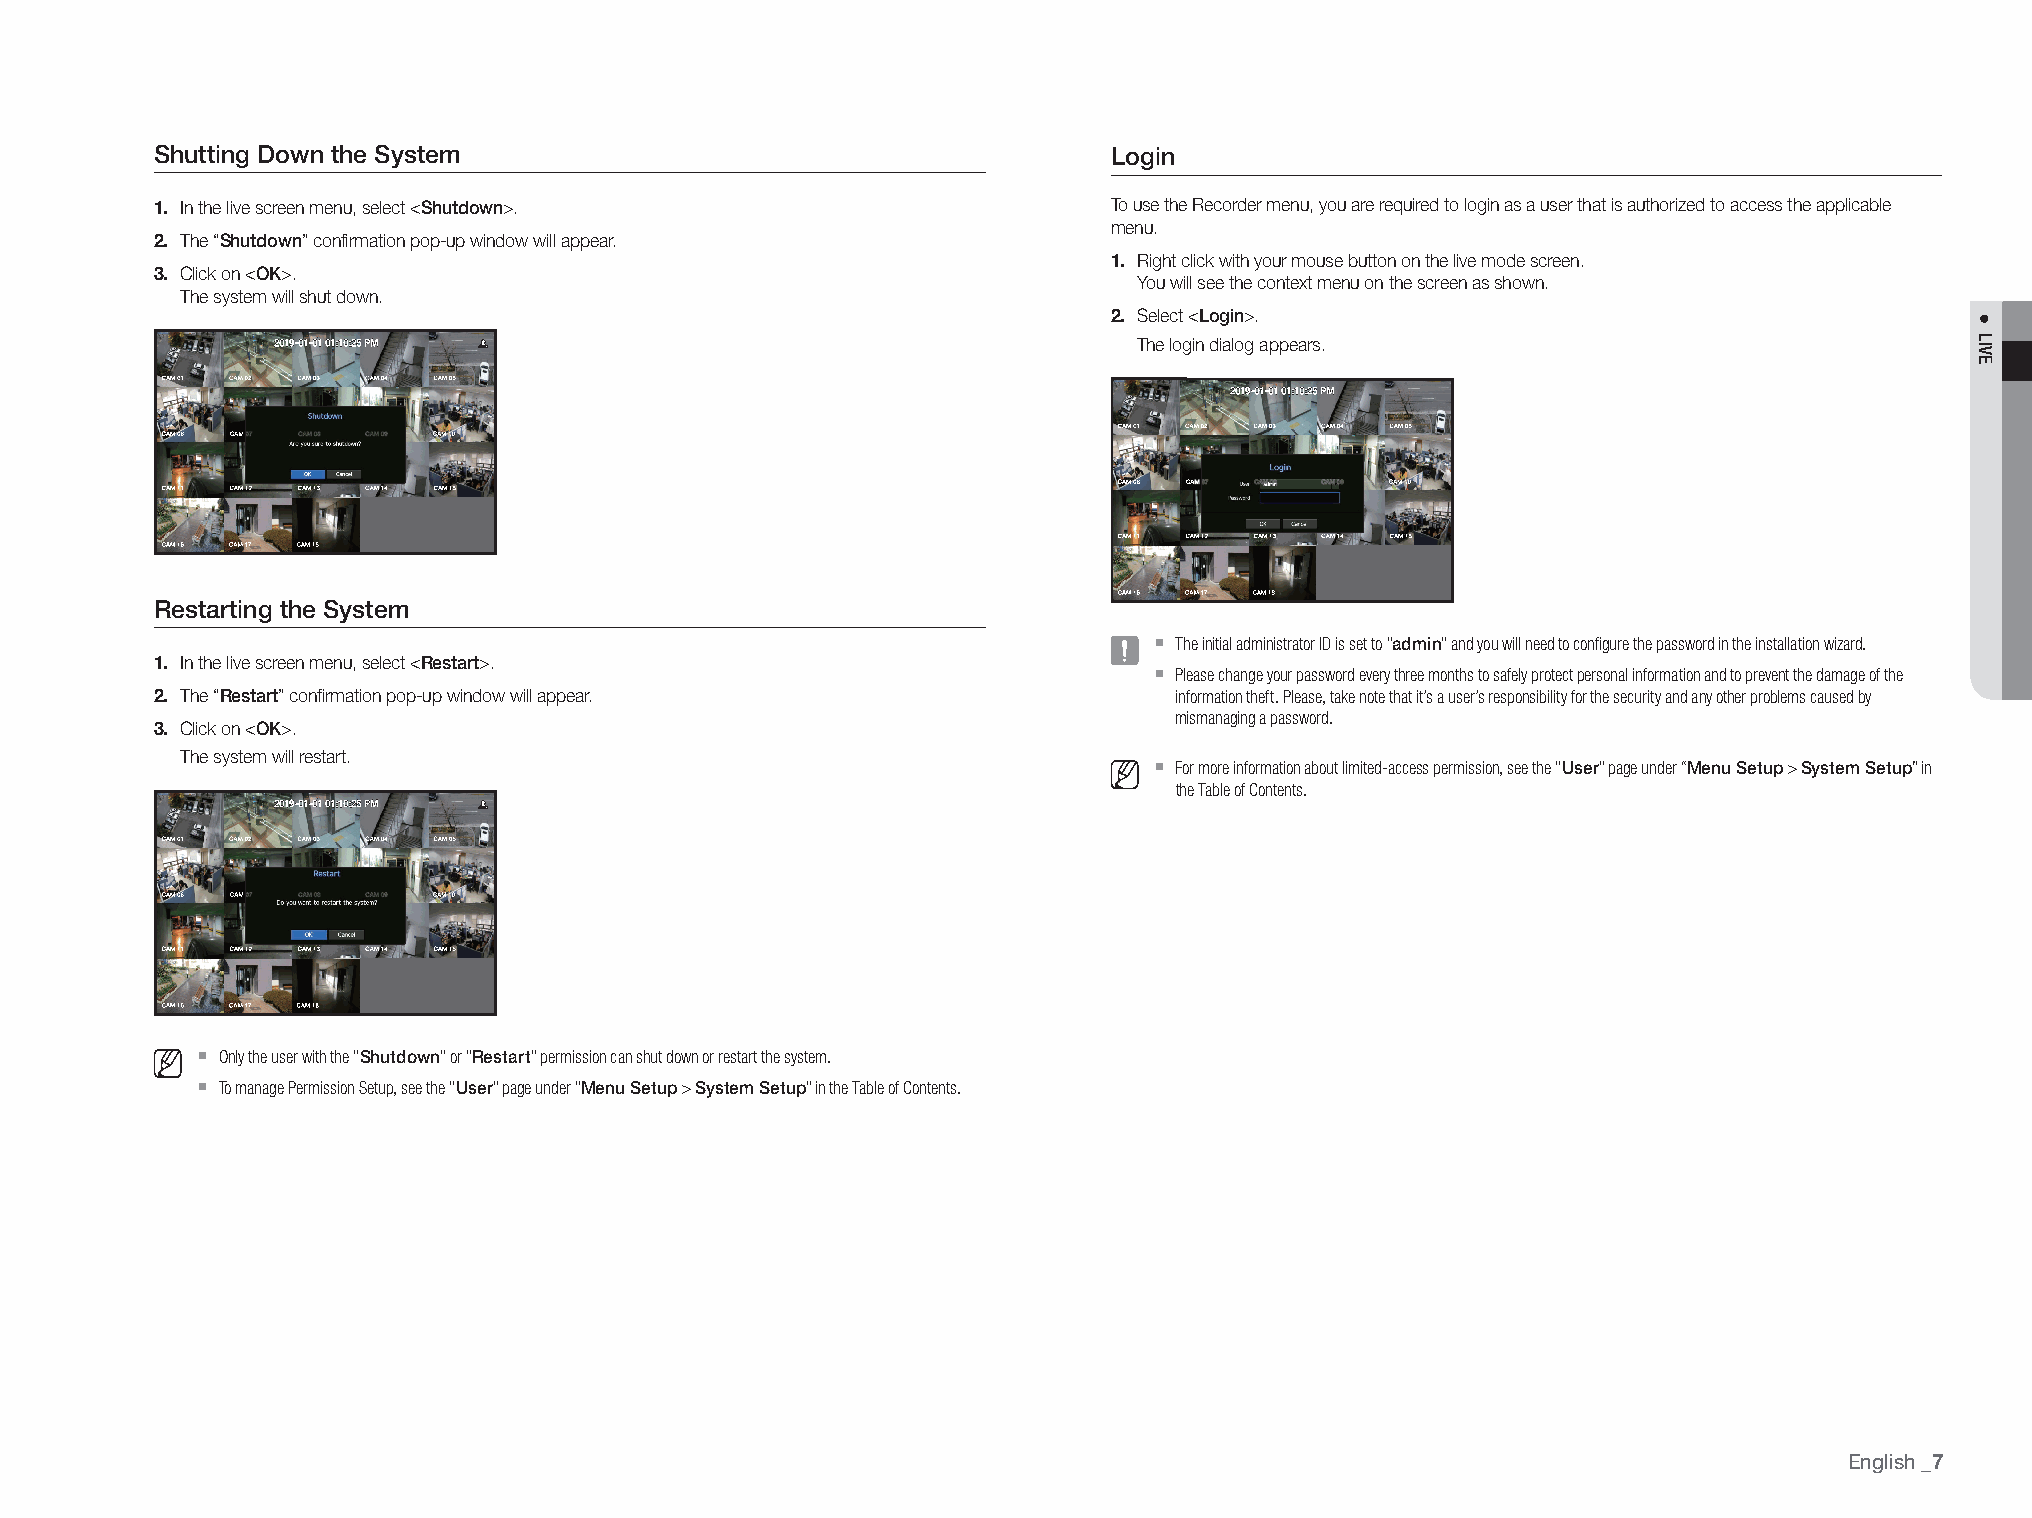
Shutting down the System                                        login
 1. In the live screen menu, select <Shutdown>.                  To use the Recorder menu, you are required to login as a user that is authorized to access the applicable
 menu.
 2. The “Shutdown” confirmation pop-up window will appear.
 1. Right click with your mouse button on the live mode screen.
 3. Click on <ok>.                                                You will see the context menu on the screen as shown.
 The system will shut down.
 2. Select <login>.
 The login dialog appears.
 restarting the System
 `
 The initial administrator ID is set to "admin" and you will need to configure the password in the installation wizard.
 1. In the live screen menu, select <restart>.                     `
 Please change your password every three months to safely protect personal information and to prevent the damage of the
 2. The “restart” confirmation pop-up window will appear.            information theft. Please, take note that it’s a user’s responsibility for the security and any other problems caused by
 mismanaging a password.
 3. Click on <ok>.
 The system will restart.                                        `
 For more information about limited-access permission, see the "user" page under “menu Setup > System Setup” in
 the Table of Contents.
 `
 Only the user with the "Shutdown" or "restart" permission can shut down or restart the system.
 `
 To manage Permission Setup, see the "user" page under "menu Setup > System Setup" in the Table of Contents.
 English
 _7
 ●
 LIVE